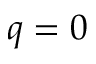
q = 0